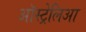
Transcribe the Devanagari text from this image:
ऑस्ट्रेलिआ